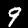
Digit: 9